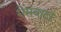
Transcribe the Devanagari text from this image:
रोसवाटर